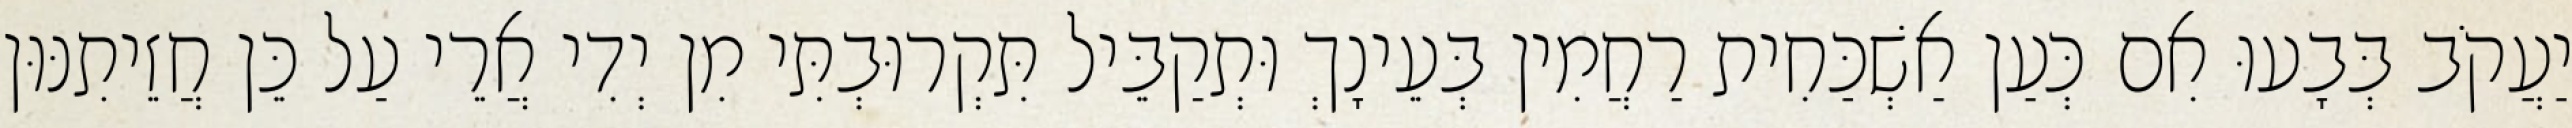
יַעֲקֹב בְּבָעוּ אִם כְּעַן אַשְׁכַּחִית רַחֲמִין בְּעֵינָךְ וּתְקַבֵּיל תִּקְרוּבְתִּי מִן יְדִי אֲרֵי עַל כֵּן חֲזֵיתִנּוּן